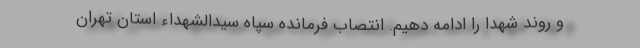
و روند شهدا را ادامه دهیم. انتصاب فرمانده سپاه سیدالشهداء استان تهران